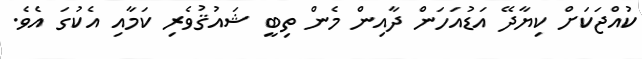
ކުއްޖަކަށް ކިޔާދޭ އަޑުއަހަން ދާއިން މެން ތިބީ ޝައުޤުވެރި ކަމާއި އެކުގަ އެވެ.